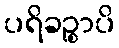
ပရိခဉ္စာပိ